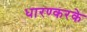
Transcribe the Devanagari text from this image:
धारण्करके